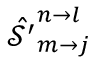
\hat { \mathcal { S ^ { \prime } } } _ { m \rightarrow j } ^ { n \rightarrow l }